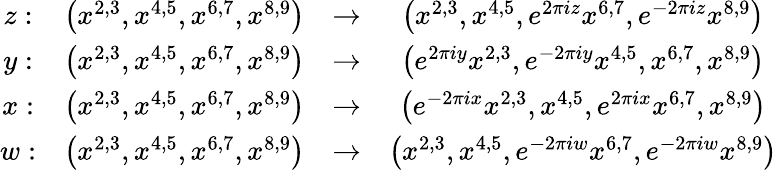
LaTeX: \begin{array}{cccc}{{z:}}&{{\left(x^{2,3},x^{4,5},x^{6,7},x^{8,9}\right)}}&{{\to}}&{{\left(x^{2,3},x^{4,5},e^{2\pi iz}x^{6,7},e^{-2\pi iz}x^{8,9}\right)}}\\ {{y:}}&{{\left(x^{2,3},x^{4,5},x^{6,7},x^{8,9}\right)}}&{{\to}}&{{\left(e^{2\pi iy}x^{2,3},e^{-2\pi iy}x^{4,5},x^{6,7},x^{8,9}\right)}}\\ {{x:}}&{{\left(x^{2,3},x^{4,5},x^{6,7},x^{8,9}\right)}}&{{\to}}&{{\left(e^{-2\pi ix}x^{2,3},x^{4,5},e^{2\pi ix}x^{6,7},x^{8,9}\right)}}\\ {{w:}}&{{\left(x^{2,3},x^{4,5},x^{6,7},x^{8,9}\right)}}&{{\to}}&{{\left(x^{2,3},x^{4,5},e^{-2\pi iw}x^{6,7},e^{-2\pi iw}x^{8,9}\right)}}\end{array}